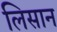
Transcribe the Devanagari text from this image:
लिसान